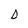
Character: D